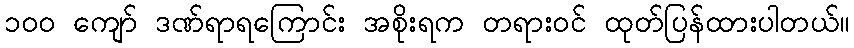
၁၀၀ ကျော် ဒဏ်ရာရကြောင်း အစိုးရက တရားဝင် ထုတ်ပြန်ထားပါတယ်။